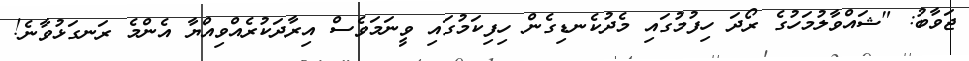
ޖަވާބު: "ޝައްވާލުމަހުގެ ރޯދަ ހިފުމުގައި މެދުކެނޑިގެން ހިފިކަމުގައި ވީނަމަވެސް އިރާދަކުރެއްވިއްޔާ އެންމެ ރަނގަޅުވާނެ!